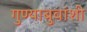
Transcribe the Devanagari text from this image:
गुण्याबुवांशी